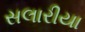
સલારીયા